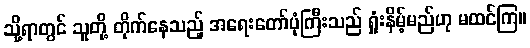
သို့ရာတွင် သူတို့ တိုက်နေသည့် အရေးတော်ပုံကြီးသည် ရှုံးနိမ့်မည်ဟု မထင်ကြ။